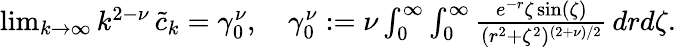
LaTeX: \begin{array}{r}{\operatorname*{lim}_{k\to\infty}k^{2-\nu}\, \widetilde{c}_{k}=\gamma_{0}^{\nu},\quad\gamma_{0}^{\nu}:=\nu\int_{0}^{\infty}\int_{0}^{\infty}\frac{e^{-r}\zeta\sin(\zeta)}{(r^{2}+\zeta^{2})^{(2+\nu)/2}}\, drd\zeta.}\end{array}